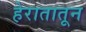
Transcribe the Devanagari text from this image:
हेरातातून